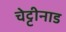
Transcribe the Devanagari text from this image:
चेट्टीनाड